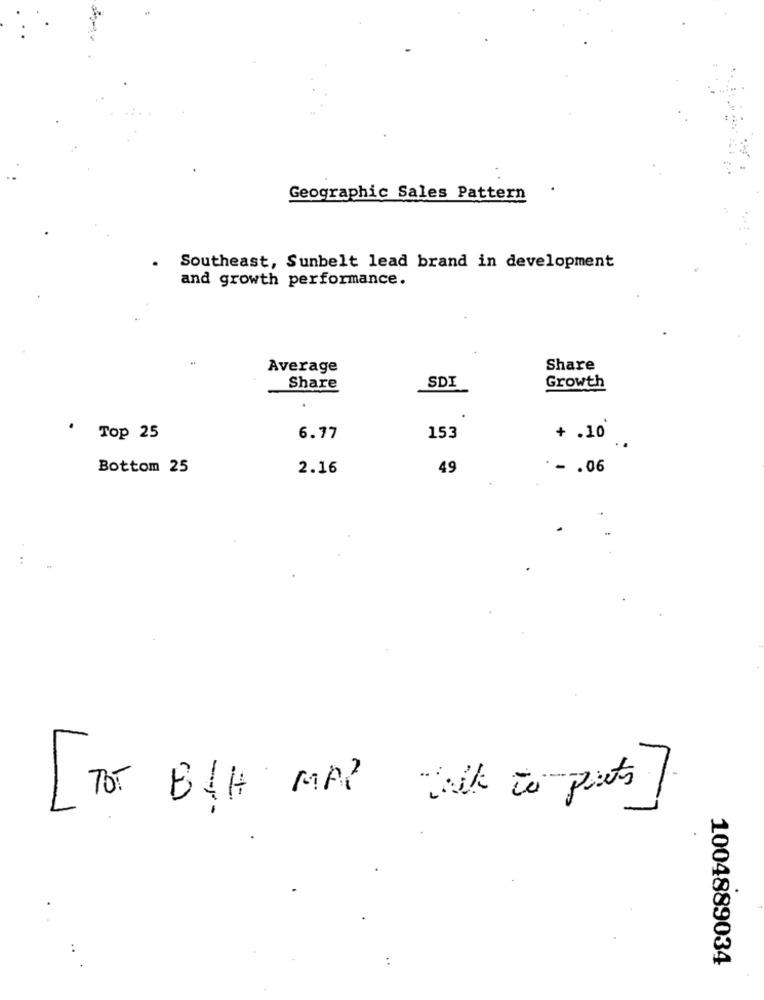
Geographic Sales Pattern
Southeast, Sunbelt lead brand in development
and growth performance.
Average
Share
SDI
Share
Growth
' Top 25
6.77
153
+ .10
Bottom 25
2.16
49
· - . 06
talk to points
[ TO BYCH AP ?
1004889034